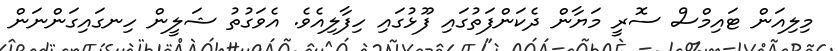
މިލިއަން ޓައިމްސް ސޮރީ މަޔާން ދެކަންފަތުގައި ފޫޅުގައި ހިފާލިއެެވެ. އެވަގުތު ޝަލީން ހިނގައިގަންނަން